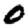
Digit: 0